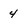
Character: 4